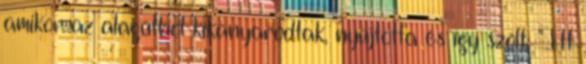
amikor az alagútból kikanyarodtak, nyújtotta és így szólt: "Itt